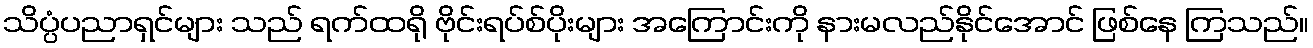
သိပ္ပံပညာရှင်များ သည် ရက်ထရို ဗိုင်းရပ်စ်ပိုးများ အကြောင်းကို နားမလည်နိုင်အောင် ဖြစ်နေ ကြသည်။